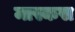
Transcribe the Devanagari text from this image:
मास्कस